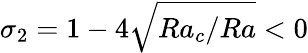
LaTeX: \sigma_{2}=1-4\sqrt{Ra_{c}/Ra}<0